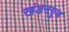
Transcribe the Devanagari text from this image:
खंडनगुण